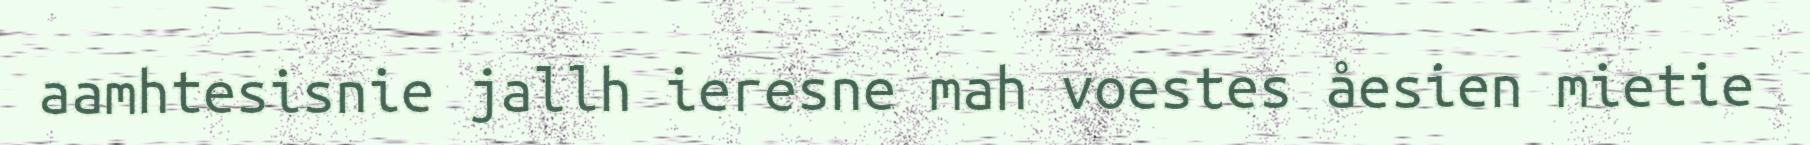
aamhtesisnie jallh ieresne mah voestes åesien mietie